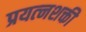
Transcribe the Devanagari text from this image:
प्रयत्‍नशक्ती